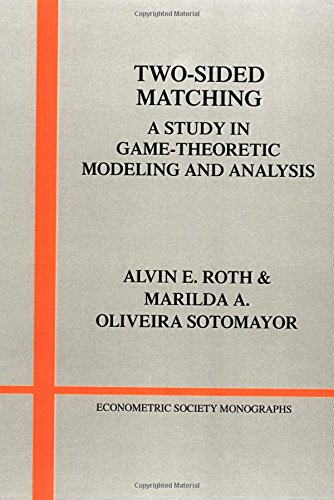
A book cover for Two-Sided Matching: A Study in Game-Theoretic Modeling and Analysis (Econometric Society Monographs); Alvin E. Roth; Business & Money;